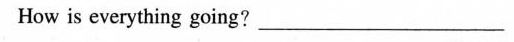
How is everything going？___